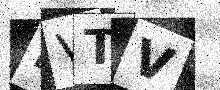
Text: EVTV